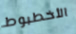
الأخطبوط